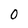
Character: 0